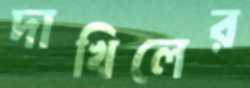
দাখিলের